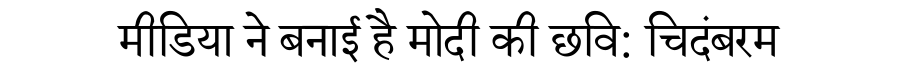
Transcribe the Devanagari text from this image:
मीडिया ने बनाई है मोदी की छवि: चिदंबरम